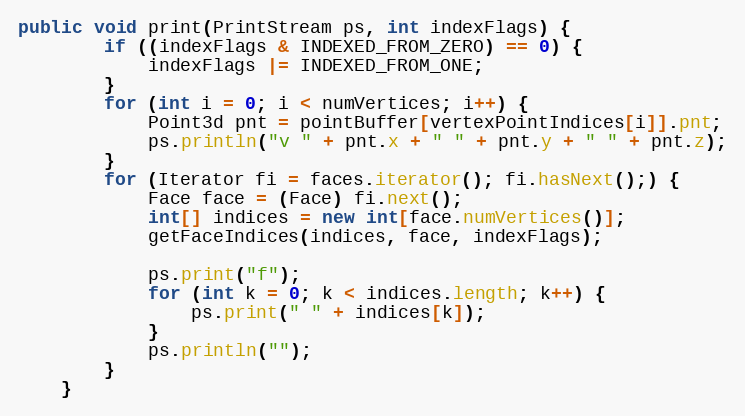
Language: Java
public void print(PrintStream ps, int indexFlags) {
        if ((indexFlags & INDEXED_FROM_ZERO) == 0) {
            indexFlags |= INDEXED_FROM_ONE;
        }
        for (int i = 0; i < numVertices; i++) {
            Point3d pnt = pointBuffer[vertexPointIndices[i]].pnt;
            ps.println("v " + pnt.x + " " + pnt.y + " " + pnt.z);
        }
        for (Iterator fi = faces.iterator(); fi.hasNext();) {
            Face face = (Face) fi.next();
            int[] indices = new int[face.numVertices()];
            getFaceIndices(indices, face, indexFlags);

            ps.print("f");
            for (int k = 0; k < indices.length; k++) {
                ps.print(" " + indices[k]);
            }
            ps.println("");
        }
    }